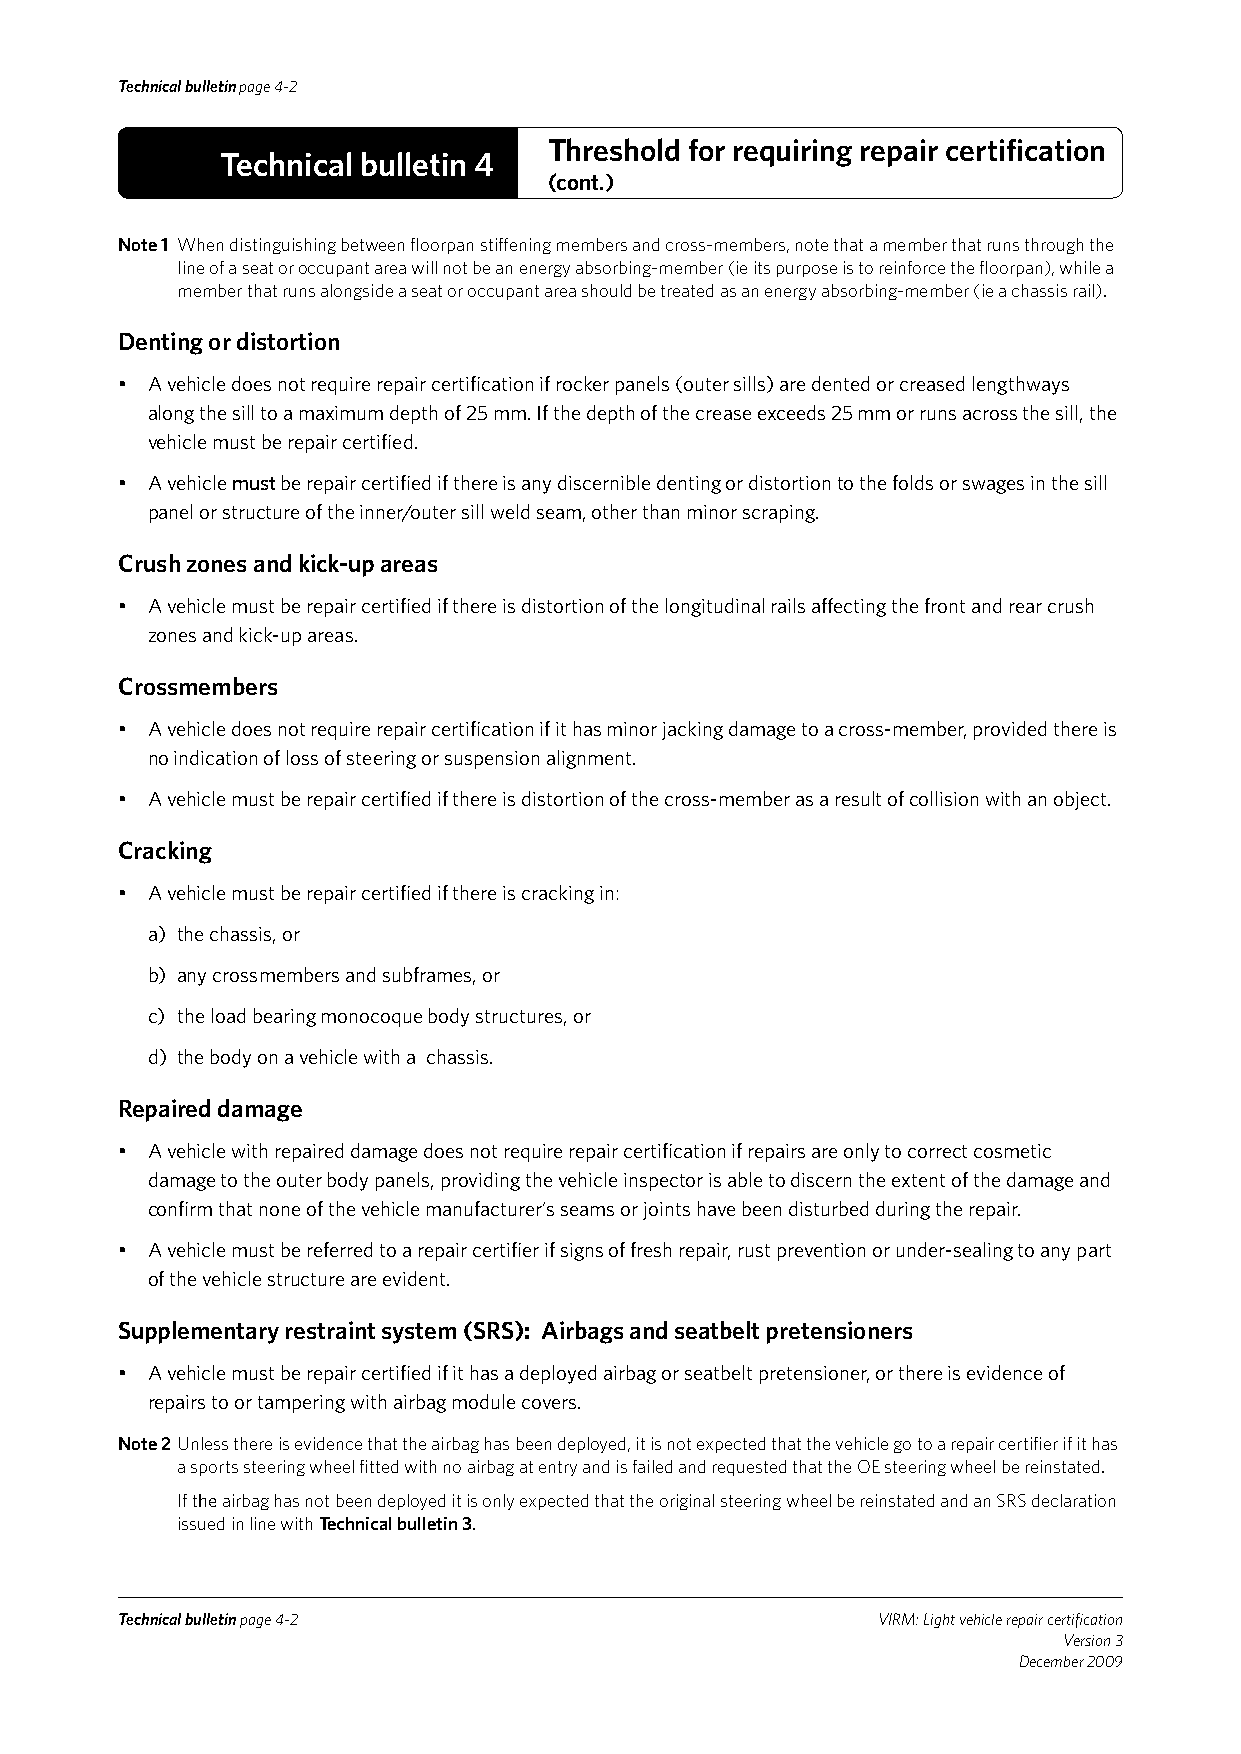
Technical bulletin page 4-2
 Threshold for requiring repair certification
 Technical bulletin 4
 (cont.)
 Note 1 When distinguishing between floorpan stiffening members and cross-members, note that a member that runs through the
 line of a seat or occupant area will not be an energy absorbing-member (ie its purpose is to reinforce the floorpan), while a
 member that runs alongside a seat or occupant area should be treated as an energy absorbing-member (ie a chassis rail).
 Denting or distortion
 • A vehicle does not require repair certification if rocker panels (outer sills) are dented or creased lengthways
 along the sill to a maximum depth of 25 mm. If the depth of the crease exceeds 25 mm or runs across the sill, the
 vehicle must be repair certified.
 • A vehicle must be repair certified if there is any discernible denting or distortion to the folds or swages in the sill
 panel or structure of the inner/outer sill weld seam, other than minor scraping.
 Crush zones and kick-up areas
 • A vehicle must be repair certified if there is distortion of the longitudinal rails affecting the front and rear crush
 zones and kick-up areas.
 Crossmembers
 • A vehicle does not require repair certification if it has minor jacking damage to a cross-member, provided there is
 no indication of loss of steering or suspension alignment.
 • A vehicle must be repair certified if there is distortion of the cross-member as a result of collision with an object.
 Cracking
 • A vehicle must be repair certified if there is cracking in:
 a) the chassis, or
 b) any crossmembers and subframes, or
 c) the load bearing monocoque body structures, or
 d) the body on a vehicle with a chassis.
 Repaired damage
 • A vehicle with repaired damage does not require repair certification if repairs are only to correct cosmetic
 damage to the outer body panels, providing the vehicle inspector is able to discern the extent of the damage and
 confirm that none of the vehicle manufacturer’s seams or joints have been disturbed during the repair.
 • A vehicle must be referred to a repair certifier if signs of fresh repair, rust prevention or under-sealing to any part
 of the vehicle structure are evident.
 Supplementary restraint system (SRS): Airbags and seatbelt pretensioners
 • A vehicle must be repair certified if it has a deployed airbag or seatbelt pretensioner, or there is evidence of
 repairs to or tampering with airbag module covers.
 Note 2 Unless there is evidence that the airbag has been deployed, it is not expected that the vehicle go to a repair certifier if it has
 a sports steering wheel fitted with no airbag at entry and is failed and requested that the OE steering wheel be reinstated.
 If the airbag has not been deployed it is only expected that the original steering wheel be reinstated and an SRS declaration
 issued in line with Technical bulletin 3.
 Technical bulletin page 4-2                       VIRM: Light vehicle repair certification
 Version 3
 December 2009